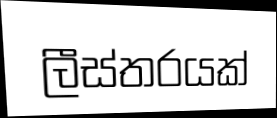
ලීස්තරයක්